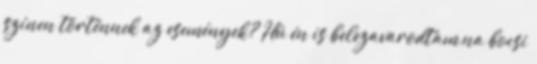
színen történnek az események? Hú én is belezavarodtam,na bocsi